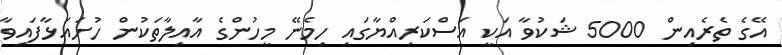
އޭގެ ތެރެއިން 5000 ޝަކުވާ އަކީ އަސްކަރިއްޔާގައި ހިމެނޭ މީހުންގެ އާއިލާތަކުން ހުށައަޅާފައިވާ